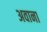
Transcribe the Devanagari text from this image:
अवाना